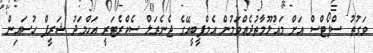
ވަގުތު ސްޕޯޓްސް އަށް މައުލޫމާތުދެއްވަމުން އެމްޕީބީއޭގެ ޖެނެރަލް ސެކްރެޓަރީ އަހްމަދު ޝަރީފް ހުސައިން